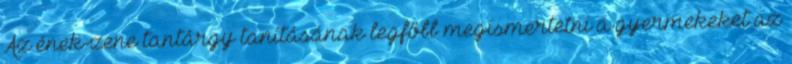
Az ének-zene tantárgy tanításának legfőbb megismertetni a gyermekeket az